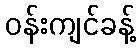
ဝန်းကျင်ခန့်